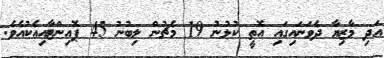
އަދި މާޒިޔާ ދެވަނައިގައި އޮތީ ކުޅުނު 19 މެޗުން ލިބުނު 45 ޕޮއިންޓާއިއެކުއެވެ.